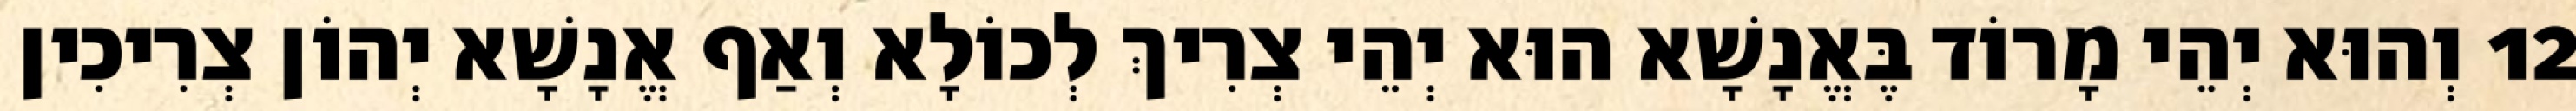
12 וְהוּא יְהֵי מָרוֹד בֶּאֱנָשָׁא הוּא יְהֵי צְרִיךְ לְכוֹלָא וְאַף אֱנָשָׁא יְהוֹן צְרִיכִין